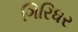
ગિરિધર